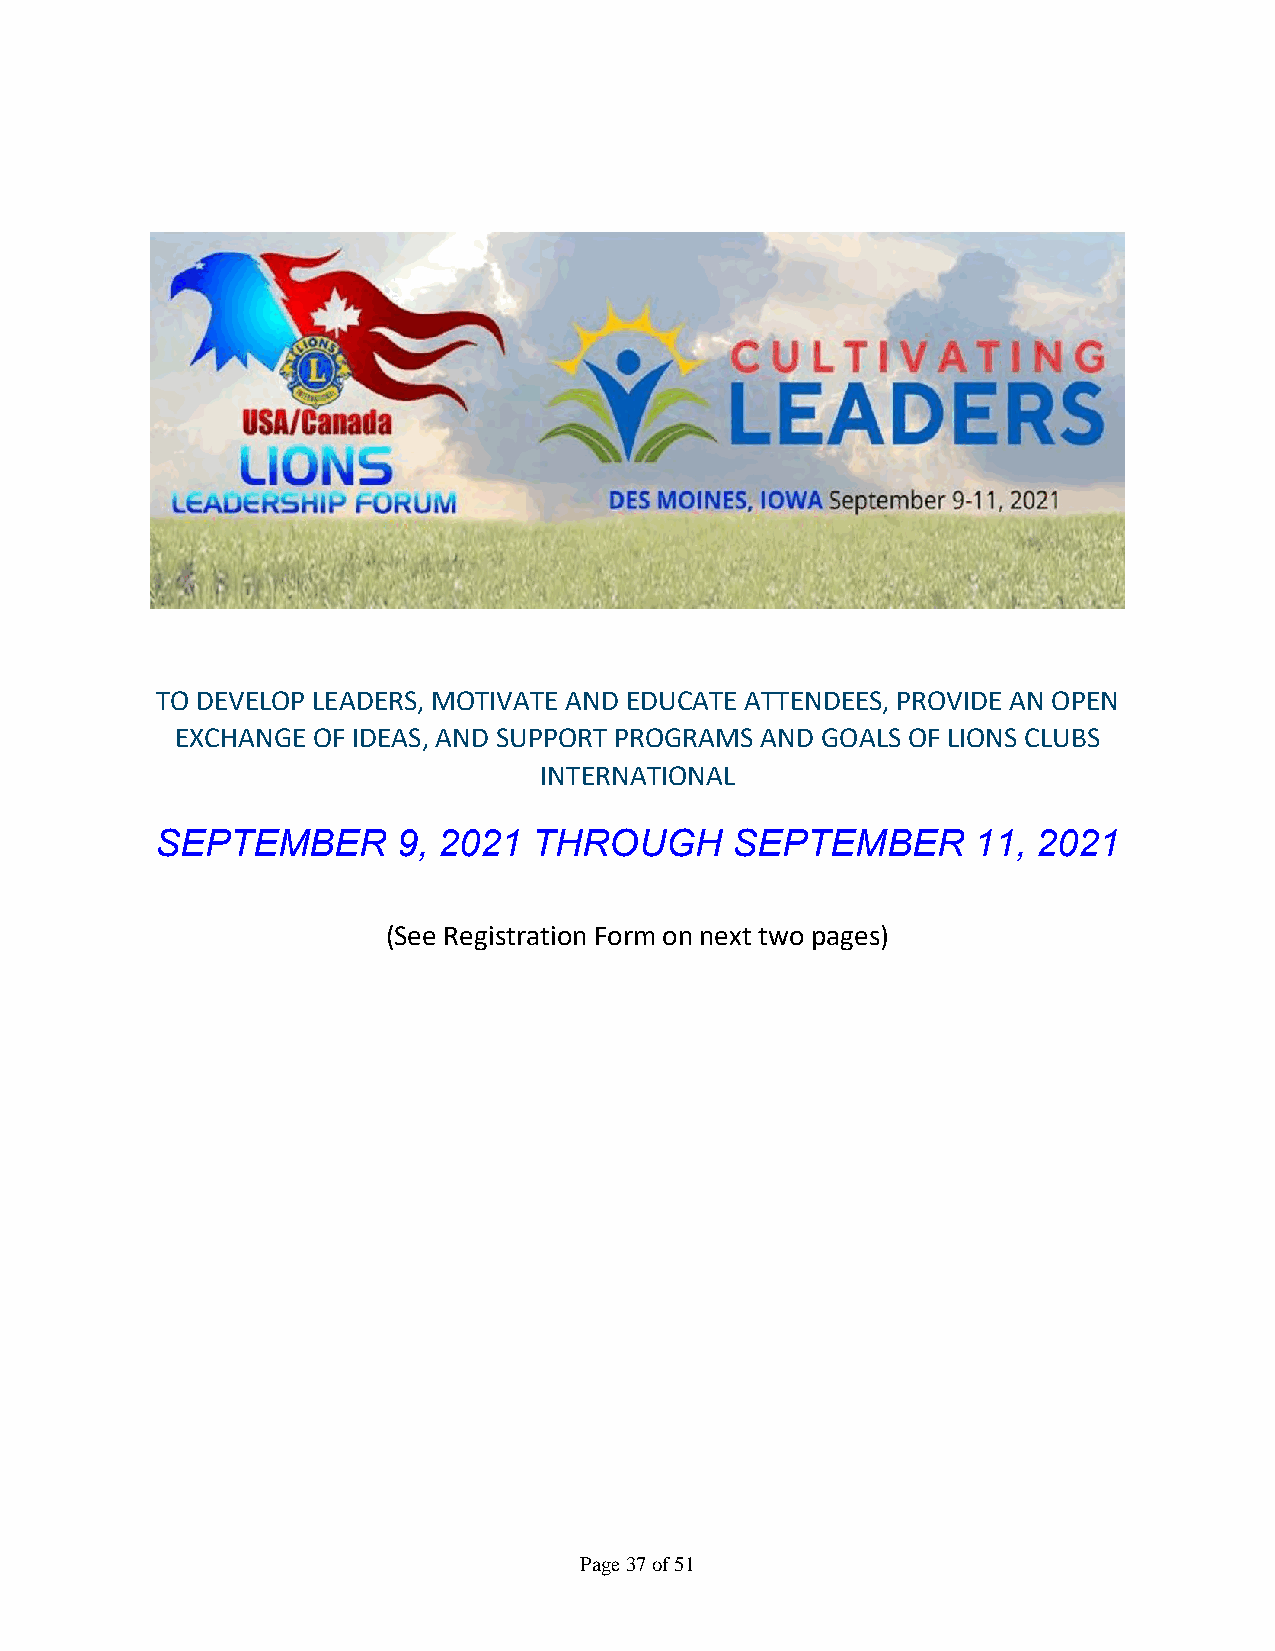
TO DEVELOP LEADERS, MOTIVATE AND EDUCATE ATTENDEES, PROVIDE AN OPEN
 EXCHANGE OF IDEAS, AND SUPPORT PROGRAMS AND GOALS OF LIONS CLUBS
 INTERNATIONAL
 SEPTEMBER       9, 2021  THROUGH      SEPTEMBER       11,  2021
 (See Registration Form on next two pages)
 Page 37 of 51